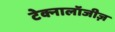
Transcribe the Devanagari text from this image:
टेक्नालॉजीज़